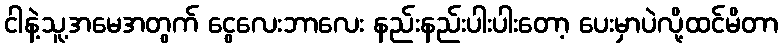
ငါနဲ့သူ့အမေအတွက် ငွေလေးဘာလေး နည်းနည်းပါးပါးတော့ ပေးမှာပဲလို့ထင်မိတာ